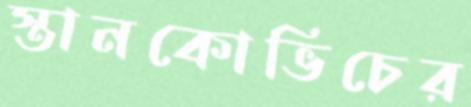
স্তানকোভিচের